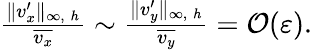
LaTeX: \begin{array}{r}{\frac{\| v_{x}^{\prime}\| _{\infty,\: h}}{\overline{{v_{x}}}}\sim\frac{\| v_{y}^{\prime}\| _{\infty,\: h}}{\overline{{v_{y}}}}=\mathcal{O}(\varepsilon).}\end{array}